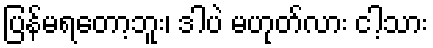
ပြန်မရတော့ဘူး၊ ဒါပဲ မဟုတ်လား ငါ့သား